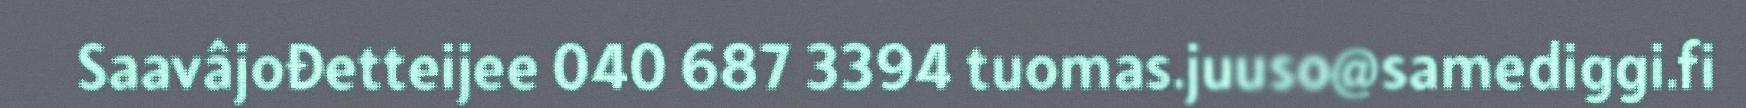
Saavâjođetteijee 040 687 3394 tuomas.juuso@samediggi.fi